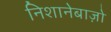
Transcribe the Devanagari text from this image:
निशानेबाज़ो